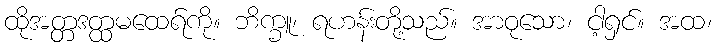
ထိုအတ္တဒတ္ထမထေရ်ကို။ ဘိက္ခူ၊ ရဟန်းတို့သည်။ အာဝုသော၊ ငါ့ရှင်။ အထ၊